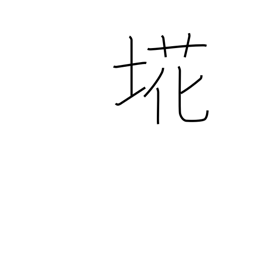
Meaning: refuse